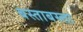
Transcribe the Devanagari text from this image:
बस्ताबस्त्ता